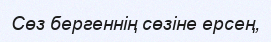
Сөз бергеннің сөзіне ерсең,